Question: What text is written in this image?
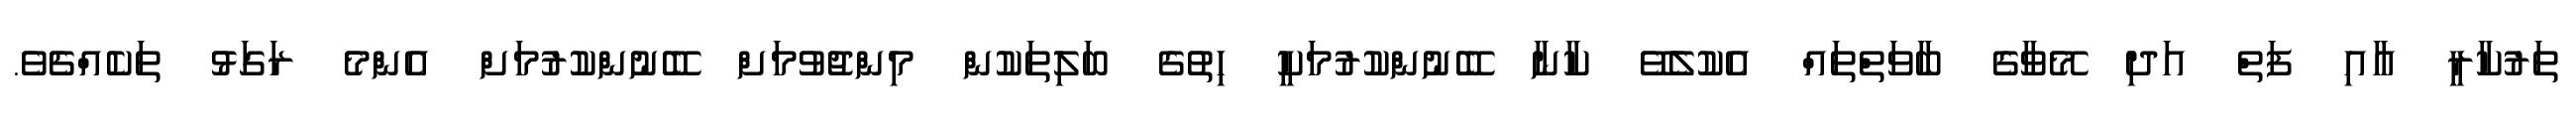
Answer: ތަރުކާރީ އާއި ފަތް އަދި މޭވާގެ ބާވަތްތައް އެކުލެވޭ ކާނާ ބޭނުންކުރުމަކީ ހިތުގެ ބަލިތަކުން މިންޖުވުމަށް ބޭނުންކުރުމަށް އެންމެ ރަގަޅު ތަކެއްޗެވެ.